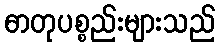
ဓာတုပစ္စည်းများသည်